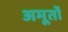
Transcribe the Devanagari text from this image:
अमूर्तो